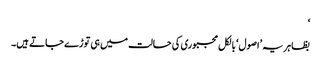
‘
بظاہر یہ ’اصول‘ بالکل مجبوری کی حالت میں ہی توڑے جاتے ہیں۔